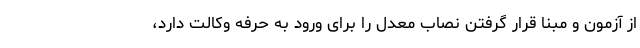
از آزمون و مبنا قرار گرفتن نصاب معدل را برای ورود به حرفه وکالت دارد،